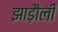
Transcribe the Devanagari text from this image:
झाड़ौली